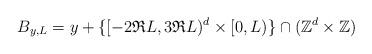
LaTeX: \begin{align*}B_{y,L}=y+\{[-2 \mathfrak{R} L,3 \mathfrak{R} L)^d\times[0,L)\} \cap (\mathbb{Z}^{d}\times \mathbb{Z})\end{align*}